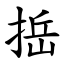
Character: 捳